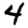
Digit: 4